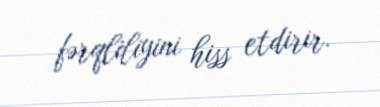
fərqliliyini hiss etdirir.